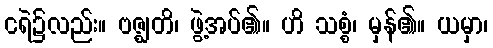
ငရဲ၌လည်း။ ဗဇ္ဈတိ၊ ဖွဲ့အပ်၏။ ဟိ သစ္စံ၊ မှန်၏။ ယမှာ၊